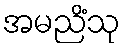
အမညိံသု